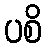
ပစိ